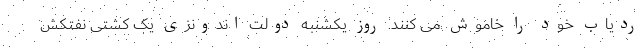
ردیاب خود را خاموش می کنند. روز یکشنبه دولت اندونزی یک کشتی نفتکش